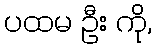
ပထမ ဦး ကို,